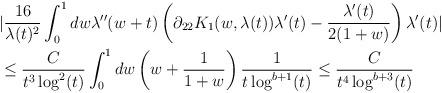
LaTeX: \begin{align*} &|\frac{16}{\lambda(t)^{2}}\int_{0}^{1} dw \lambda''(w+t) \left(\partial_{22}K_{1}(w,\lambda(t))\lambda'(t)-\frac{\lambda'(t)}{2(1+w)}\right)\lambda'(t)|\\&\leq \frac{C}{t^{3}\log^{2}(t)} \int_{0}^{1} dw \left(w+\frac{1}{1+w}\right)\frac{1}{t \log^{b+1}(t)} \leq \frac{C}{t^{4}\log^{b+3}(t)}\end{align*}